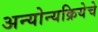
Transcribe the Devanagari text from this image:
अन्योन्यक्रियेचे